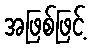
အဖြစ်ဖြင့်